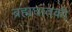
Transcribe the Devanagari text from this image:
ब्रह्मघातकी